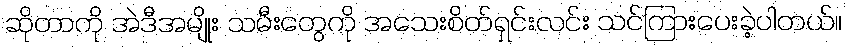
ဆိုတာကို အဲဒီအမျိုး သမီးတွေကို အသေးစိတ်ရှင်းလင်း သင်ကြားပေးခဲ့ပါတယ်။